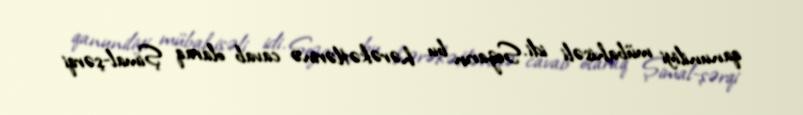
qanuniliyi mübahisəli idi. Sezarın bu hərəkətlərinə cavab olaraq Şimal-şərqi